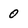
Character: 0